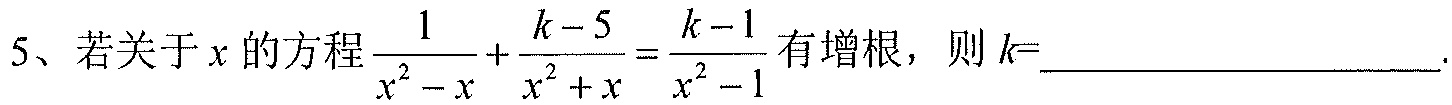
5、若关于\(x\)的方程\(\frac{1}{x^{2}-x}+\frac{k - 5}{x^{2}+x}=\frac{k - 1}{x^{2}-1}\)有增根，则\(k=\)________________.